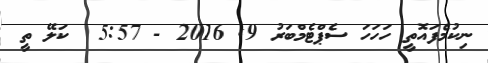
ނިކުމެފައޮތީ ހަހަހަ ސެޕްޓެމްބަރު 9